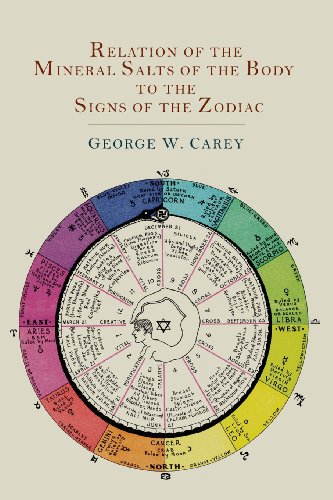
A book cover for Relation of the Mineral Salts of the Body to the Signs of the Zodiac; George W. Carey; Health, Fitness & Dieting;